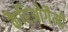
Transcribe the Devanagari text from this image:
कैरिओगैमी